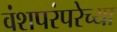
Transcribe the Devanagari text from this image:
वंशपरंपरेच्या